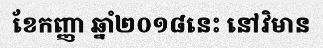
ខែកញ្ញា ឆ្នាំ២០១៨នេះ នៅវិមាន